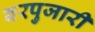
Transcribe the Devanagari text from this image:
बरपुजारी